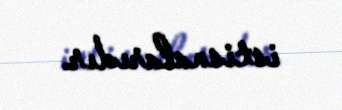
istisnalarıdır.